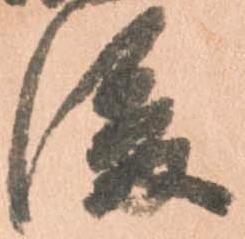
後